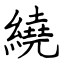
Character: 繞